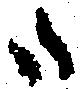
御